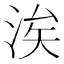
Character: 涘